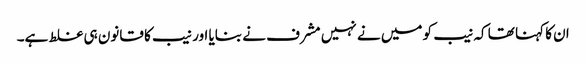
ان کا کہنا تھا کہ نیب کو میں نے نہیں مشرف نے بنایا اور نیب کا قانون ہی غلط ہے۔